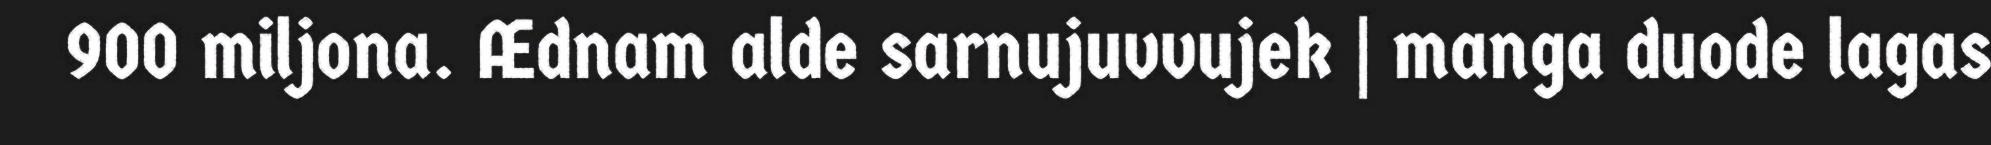
900 miljona. Ædnam alde sarnujuvvujek | manga duode lagas